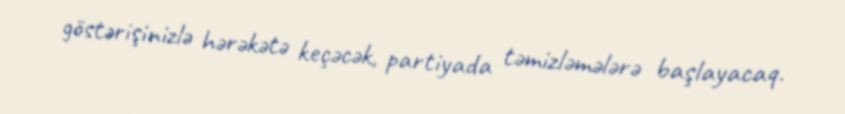
göstərişinizlə hərəkətə keçəcək, partiyada təmizləmələrə başlayacaq.